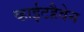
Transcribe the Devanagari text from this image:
व्हाईटहैवेन